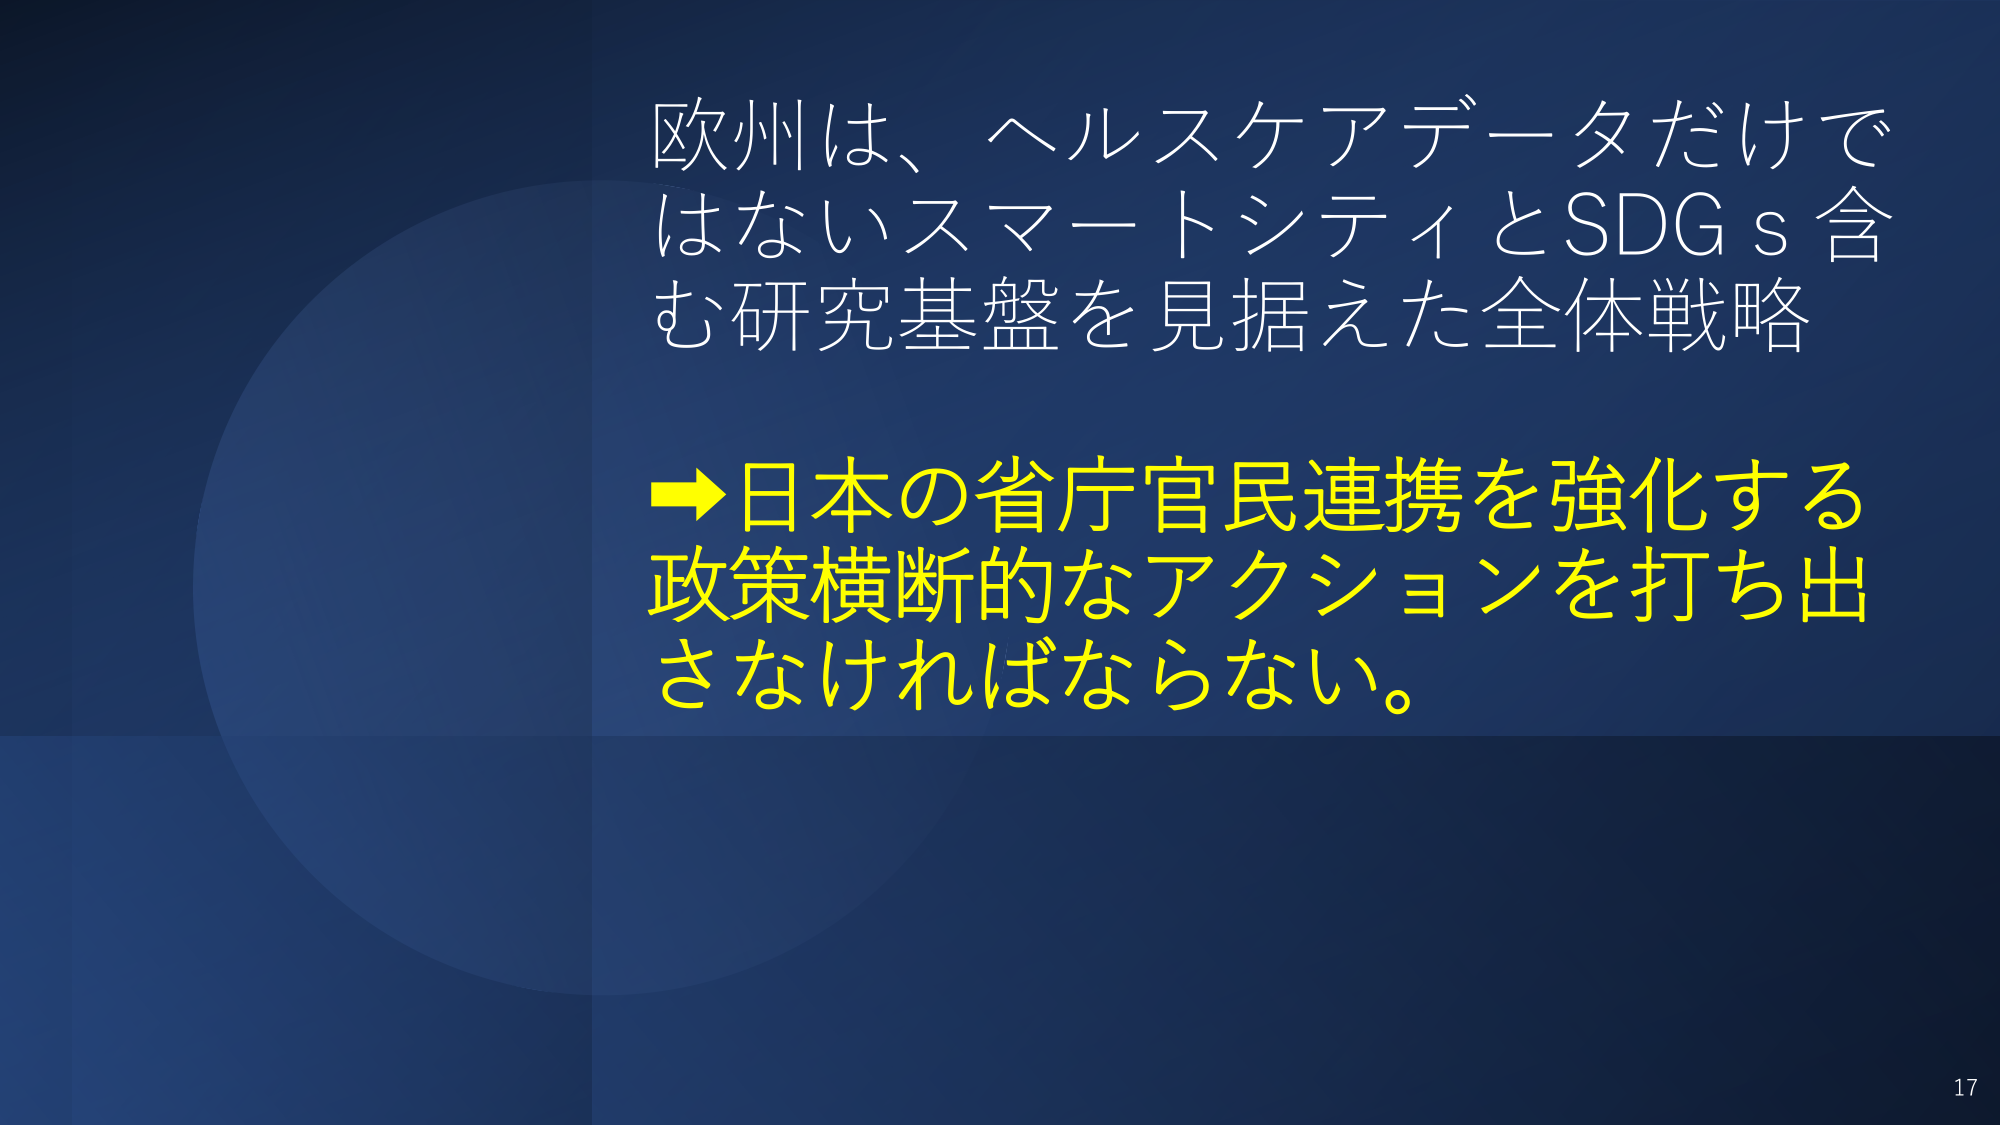
欧州は、ヘルスケアデータだけでは
ないスマートシティとSDGs含
む研究基盤を見据えた全体戦略

→日本の省庁官民連携を強化する
政策横断的なアクションを打ち出
さなければならない。

17